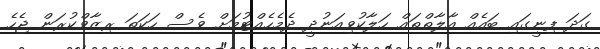
ގަދަ ފިނީގައި ބައެއް އާލާތްތައް ހަލާކުވިއަނުދީ ދެމެހެއްޓުމަށް ވެސް ހަކަތަ ރިޒާވްކުރަން ޖެހެ